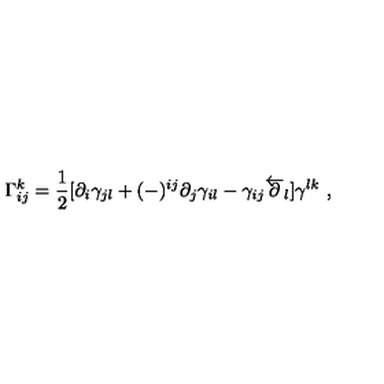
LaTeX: \Gamma _ { i j } ^ { k } = { \frac { 1 } { 2 } } [ \partial _ { i } \gamma _ { j l } + ( - ) ^ { i j } \partial _ { j } \gamma _ { i l } - \gamma _ { i j } \overleftarrow \partial _ { l } ] \gamma ^ { l k } \ ,